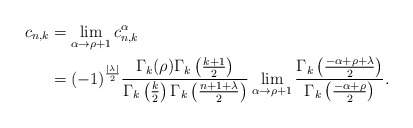
\begin{align*} c_{n,k} & =\lim_{\alpha \to \rho+1} c_{n,k}^\alpha\\& = (-1)^{\frac{|\lambda|}{2}} \frac{\Gamma_k(\rho)\Gamma_k\left(\frac{k+1}{2}\right)}{ \Gamma_k\left(\frac{k}{2}\right)\Gamma_k\left(\frac{n+1+\lambda}{2}\right)}\lim_{\alpha \to \rho+1} \frac{\Gamma_k\left(\frac{-\alpha+\rho+\lambda}{2}\right)}{\Gamma_k\left(\frac{-\alpha+\rho}{2}\right)} .\end{align*}